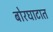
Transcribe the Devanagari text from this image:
बोरघाटात